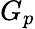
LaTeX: G_{p}